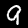
Label: 9